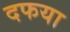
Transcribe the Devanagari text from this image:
दफया